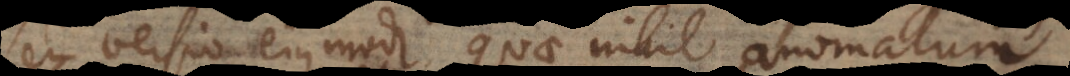
seu versio ejusmodi, quae nihil anomalum